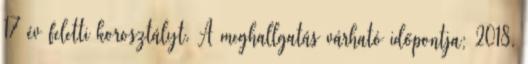
17 év feletti korosztályt. A meghallgatás várható időpontja: 2018.